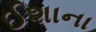
ઈશાના